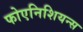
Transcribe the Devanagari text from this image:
फोएनिशियन्स